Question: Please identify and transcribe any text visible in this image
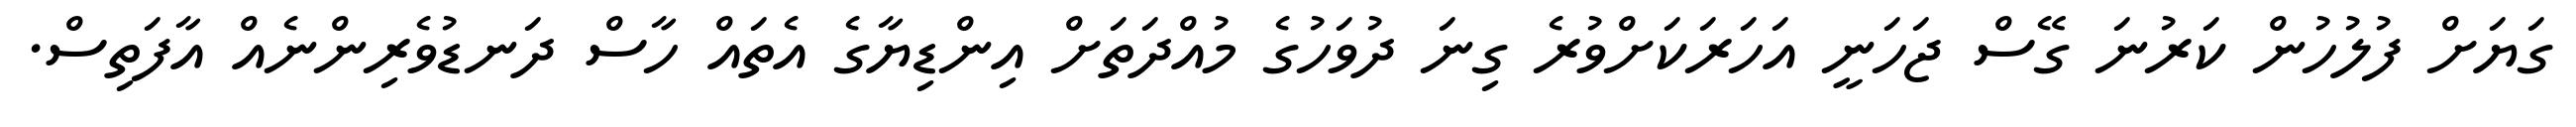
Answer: ގަޔަށް ފުލުހުން ކަރުނަ ގޭސް ޖަހަނީ އަހަރަކަށްވުރެ ގިނަ ދުވަހުގެ މުއްދަތަށް އިންޑިޔާގެ އެތައް ހާސް ދަނޑުވެރިންނެއް އާފަތިސް.